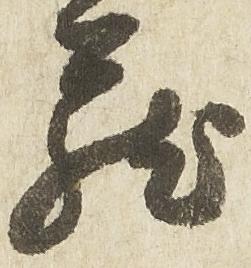
蔵